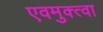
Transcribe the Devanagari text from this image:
एवमुक्त्वा